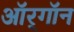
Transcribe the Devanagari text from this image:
ऑर्‌गॉन